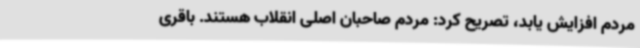
مردم افزایش یابد، تصریح کرد: مردم صاحبان اصلی انقلاب هستند. باقری